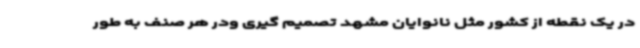
در یک نقطه از کشور مثل نانوایان مشهد تصمیم گیری ودر هر صنف به طور